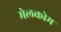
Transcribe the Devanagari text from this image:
मेलकोम